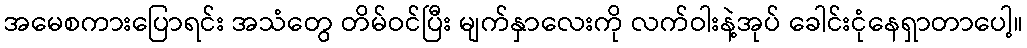
အမေစကားပြောရင်း အသံတွေ တိမ်ဝင်ပြီး မျက်နှာလေးကို လက်ဝါးနဲ့အုပ် ခေါင်းငုံနေရှာတာပေါ့။